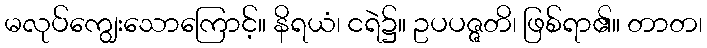
မလုပ်ကျွေးသောကြောင့်။ နိရယံ၊ ငရဲ၌။ ဥပပဇ္ဇတိ၊ ဖြစ်ရာ၏။ တာတ၊